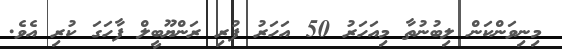
މިނިވަންކަން ލިބުނުތާ މިއަހަރު 50 އަހަރު ފުރި ރަންޔޫބީލް ފާހަގަ ކުރި އެވެ.